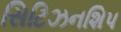
સિટિઝનશિપ